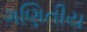
ગણિતીય